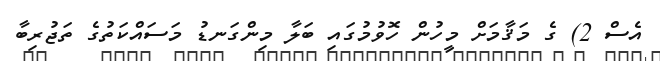
އެސް 2) ގެ މަޤާމަށް މީހުން ހޮވުމުގައި ބަލާ މިންގަނޑު މަސައްކަތުގެ ތަޖުރިބާ